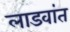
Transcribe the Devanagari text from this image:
लाडवांत